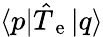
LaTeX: \langle p\vert\hat{T}_{\mathrm{~e~}}\vert q\rangle